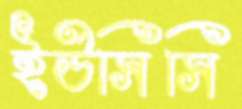
ইউসিসি